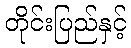
တိုင်းပြည်နှင့်